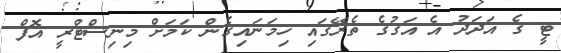
ޓީ ގެ އަދަދު އެ އަގުގެ ތެރޭގައި ހިމަނައިގެން ކަމަށް މިނިސްޓްރީ އޮފް